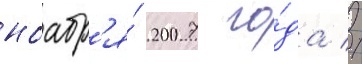
ноабр'я́ 2007 го́да //